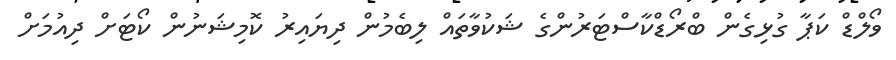
ވޯލްޑް ކަޕާ ގުޅިގެން ބްރޯޑްކާސްޓަރުންގެ ޝަކުވާތައް ލިބެމުން ދިޔައިރު ކޮމިޝަނުން ކޯޓަށް ދިއުމަށް